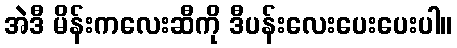
အဲဒီ မိန်းကလေးဆီကို ဒီပန်းလေးပေးပေးပါ။